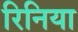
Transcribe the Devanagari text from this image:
रिनिया